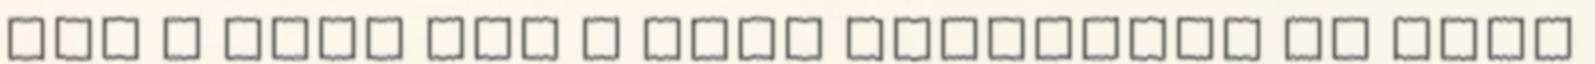
Jön a baba Itt a baba Kicsikkel az élet